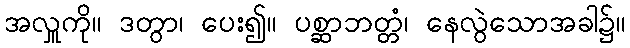
အလှူကို။ ဒတွာ၊ ပေး၍။ ပစ္ဆာဘတ္တံ၊ နေလွဲသောအခါ၌။